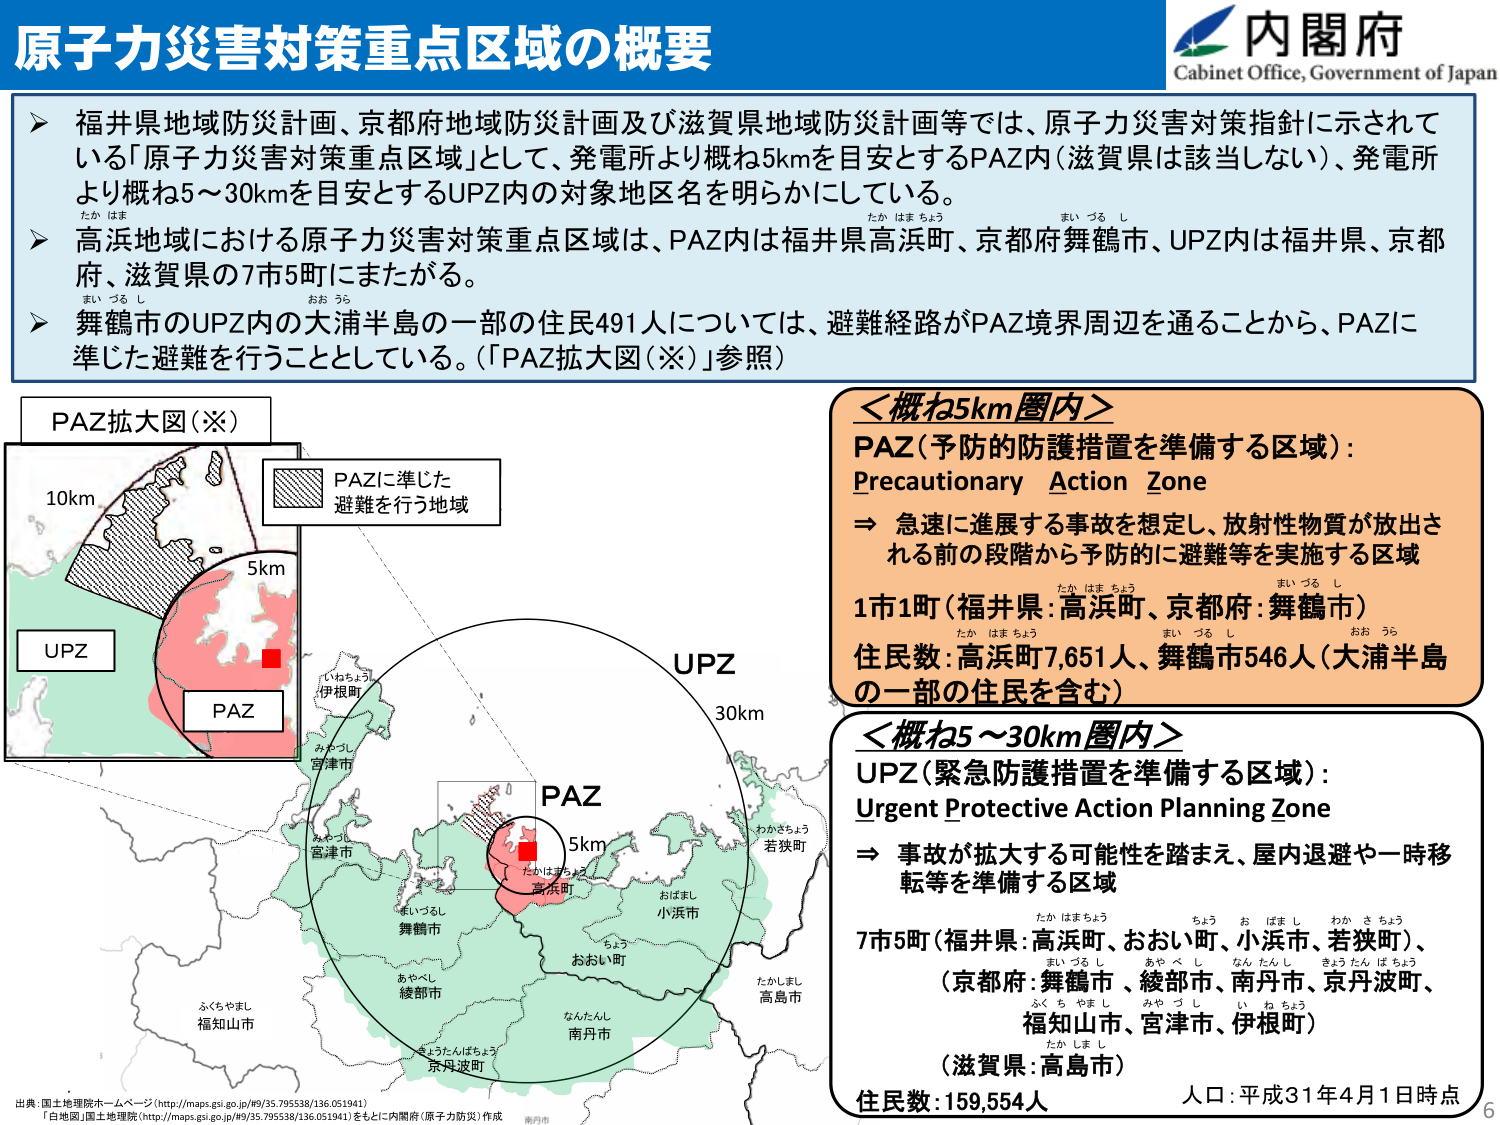
原子力災害対策重点区域の概要

内閣府
Cabinet Office, Government of Japan

▶ 福井県地域防災計画、京都府地域防災計画及び滋賀県地域防災計画等では、原子力災害対策指針に示されている「原子力災害対策重点区域」として、発電所より概ね5kmを目安とするPAZ（滋賀県は該当しない）、発電所より概ね5～30kmを目安とするUPZ内の対象地区名を明らかにしている。

▶ 高浜地域における原子力災害対策重点区域は、PAZ内は福井県高浜町、京都府舞鶴市、UPZ内は福井県、京都府、滋賀県の7市5町にまたがる。

▶ 舞鶴市のUPZ内の大浦半島の一部の住民491人については、避難経路がPAZ境界周辺を通ることから、PAZに準じた避難を行うこととしている。（「PAZ拡大図（※）」参照）

PAZ拡大図（※）
10km
5km
UPZ
PAZ
PAZに準じた
避難を行う地域

＜概ね5km圏内＞
PAZ（予防的防護措置を準備する区域）：
Precautionary Action Zone
⇒ 急速に進展する事故を想定し、放射性物質が放出される前の段階から予防的に避難等を実施する区域
1市1町（福井県：高浜町、京都府：舞鶴市）
住民数：高浜町7,651人、舞鶴市546人（大浦半島の一部の住民を含む）

＜概ね5～30km圏内＞
UPZ（緊急防護措置を準備する区域）：
Urgent Protective Action Planning Zone
⇒ 事故が拡大する可能性を踏まえ、屋内退避や一時移転等を準備する区域
7市5町（福井県：高浜町、おおい町、小浜市、若狭町）、
（京都府：舞鶴市、綾部市、南丹市、京丹波町、福知山市、宮津市、伊根町）
（滋賀県：高島市）
住民数：159,554人
人口：平成31年4月1日時点

出典：国土地理院ホームページ（http://maps.gsi.go.jp/49/35.795538/136.051941）
「白地図」国土地理院（http://maps.gsi.go.jp/49/35.795538/136.051941）をもとに内閣府（原子力防災）作成

（地図上に表示されている地名）
伊根町
宮津市
舞鶴市
綾部市
京丹波町
南丹市
福知山市
高浜町
おおい町
小浜市
若狭町
高島市

（地図上に表示されている距離）
5km
30km
UPZ
PAZ

（地図上に表示されている注釈）
たかはまちょう
まいづるし
おおい町
ちよう
おばまし
わかさちょう
たかしまし
ふくちやまし
みやづし
いねちょう
なんたんし
きょうたんばちょう
たかはまちょう
おばまし
わかさちょう
まいづるし
おおい町
ちよう
おばまし
わかさちょう
たかしまし
ふくちやまし
みやづし
いねちょう
なんたんし
きょうたんばちょう
たかはまちょう
おばまし
わかさちょう
まいづるし
おおい町
ちよう
おばまし
わかさちょう
たかしまし
ふくちやまし
みやづし
いねちょう
なんたんし
きょうたんばちょう

6